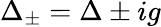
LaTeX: \Delta_{\pm}=\Delta\pm ig